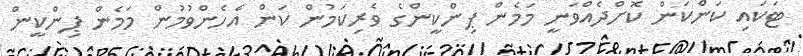
ޓަކައި ކަންކަން ކޮށްދެއްވަނީ މަމެން ޕިންކީންގެ ވެެރިކަމުން ކަން އެހެންވުމުން މަމެން ޕިންކީން